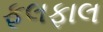
ફૂલફાલ